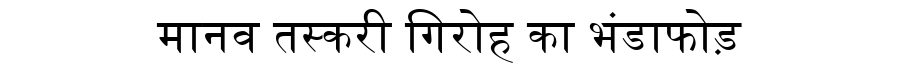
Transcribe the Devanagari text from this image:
मानव तस्करी गिरोह का भंडाफोड़